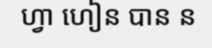
ហ្វា ហៀន បាន ន